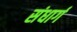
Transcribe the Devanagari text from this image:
संधार्ग